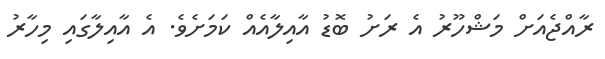
ރާއްޖެއަށް މަޝްހޫރު އެ ރަށު ބޮޑު އާއިލާއެއް ކަމަށެވެ. އެ އާއިލާގައި މިހާރު